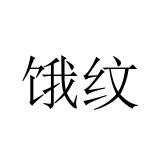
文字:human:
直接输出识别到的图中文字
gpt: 饿纹